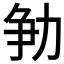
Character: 𱐲